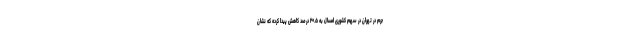
جرم در تهران در سهم کشوری امسال به ۲۰.۵ درصد کاهش پیدا کرده که نشان